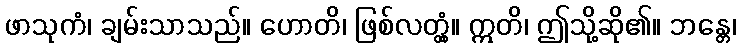
ဖာသုကံ၊ ချမ်းသာသည်။ ဟောတိ၊ ဖြစ်လတ္တံ့။ ဣတိ၊ ဤသို့ဆို၏။ ဘန္တေ၊